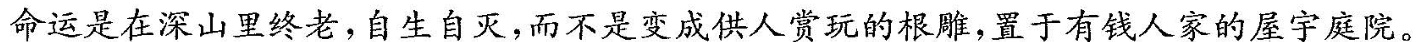
命运是在深山里终老自生自灭，而不是变成供人赏玩的根雕，置于有钱人家的屋宇庭院。